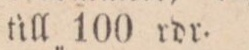
till 100 rdr.